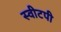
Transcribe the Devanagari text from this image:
स्वीटपी